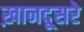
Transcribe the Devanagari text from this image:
ख़ानदूसरे